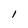
Character: I